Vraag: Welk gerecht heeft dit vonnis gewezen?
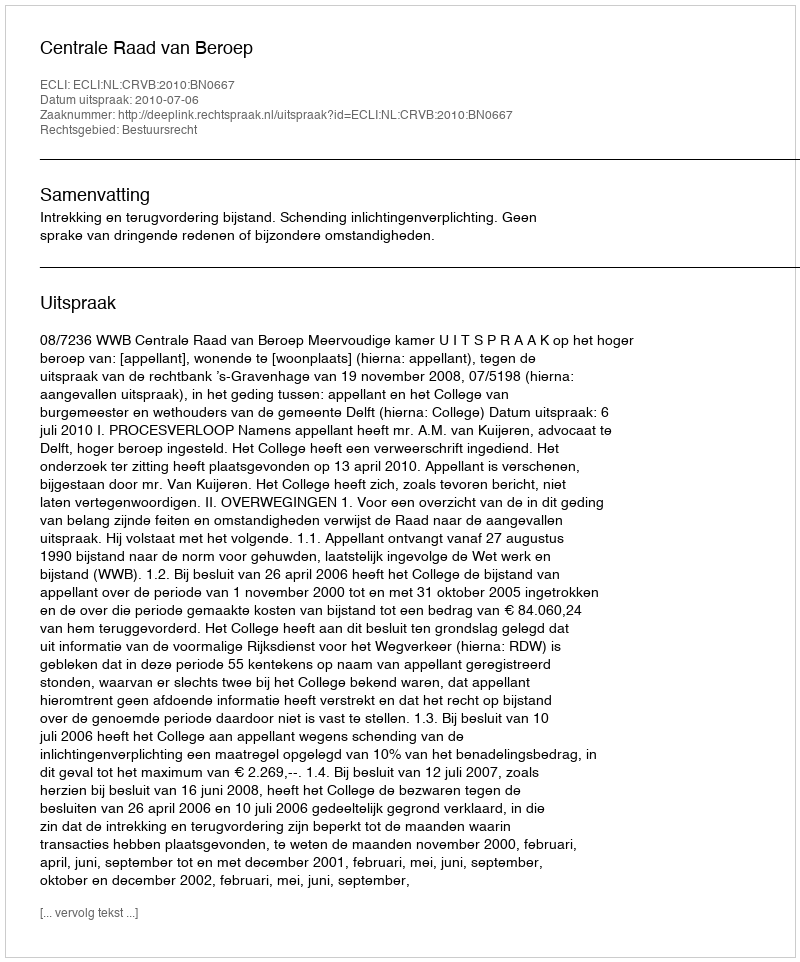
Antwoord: Centrale Raad van Beroep